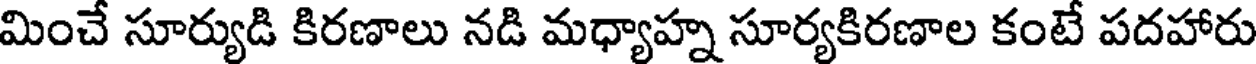
మించే సూర్యుడి కిరణాలు నడి మధ్యాహ్న సూర్యకిరణాల కంటే పదహారు